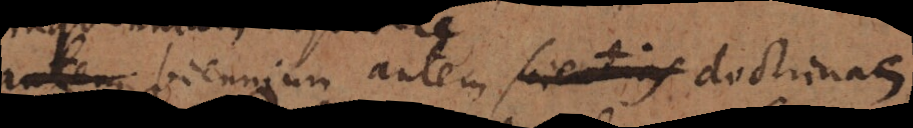
autem biennium autem scientias doctrinas